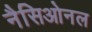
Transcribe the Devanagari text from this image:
नैसिओनल